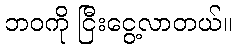
ဘဝကို ငြီးငွေ့လာတယ်။